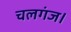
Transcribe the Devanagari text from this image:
चलगंज।